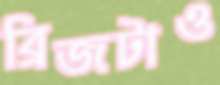
ব্রিজটাও